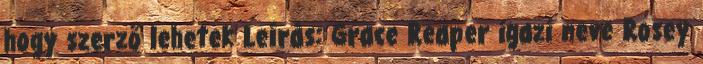
hogy szerző lehetek Leírás: Grace Reaper igazi neve Rosey